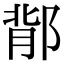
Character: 鄁